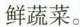
鲜蔬菜。